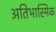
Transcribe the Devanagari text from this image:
अतिभास्मिक